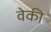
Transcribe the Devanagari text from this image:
वेकी